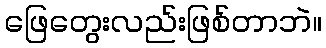
ဖြေတွေးလည်းဖြစ်တာဘဲ။